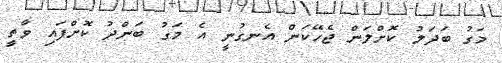
މަގު ބަދަލު ކޮށްލަން ޖެހޭކަން އެނގުނީ އެ މަގު ބަންދު ކޮށްފައި ވާތީ